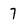
Character: 7